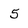
Character: 5